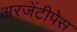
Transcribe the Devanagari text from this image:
अरजेंटीपेस